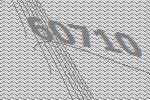
60710